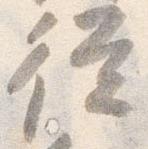
従